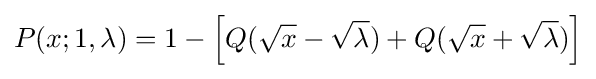
P(x;1,\lambda )=1-\left[Q({\sqrt {x}}-{\sqrt {\lambda }})+Q({\sqrt {x}}+{\sqrt {\lambda }})\right]